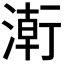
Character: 𭱸